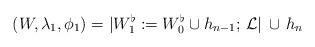
LaTeX: \begin{align*}(W, \lambda_1, \phi_1) = |W_1^{\flat}:=W_0^{\flat} \cup h_{n-1};\, \mathcal{L}| \,\cup\, h_n\end{align*}